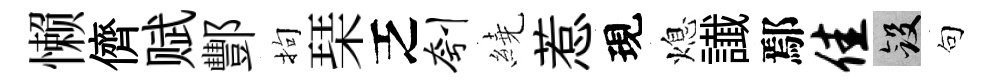
懒儕赋酆拘琹乏刳繞惹現熄䜟鄢佳斂句